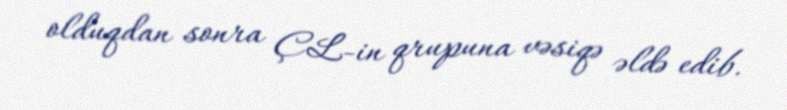
olduqdan sonra ÇL-in qrupuna vəsiqə əldə edib.